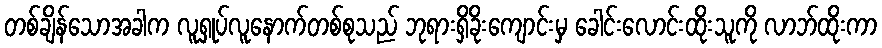
တစ်ချိန်သောအခါက လူရှုပ်လူနောက်တစ်စုသည် ဘုရားရှိခိုးကျောင်းမှ ခေါင်းလောင်းထိုးသူကို လာဘ်ထိုးကာ